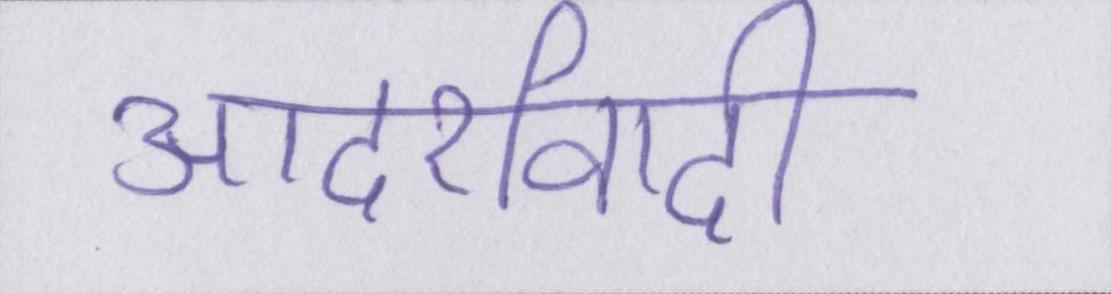
आदर्शवादी